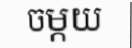
ចម្កយ